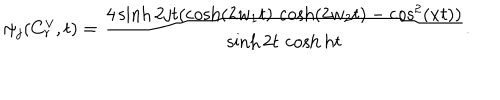
LaTeX: \psi _ { j } ( C _ { r } ^ { \vee } , t ) = \frac { 4 \sinh 2 j t ( \cosh ( 2 w _ { 1 } t ) \, \cosh ( 2 w _ { 2 } t ) - \cos ^ { 2 } ( x t ) ) } { \sinh 2 t \, \cosh h t } .